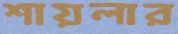
শায়লার